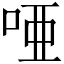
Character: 唖